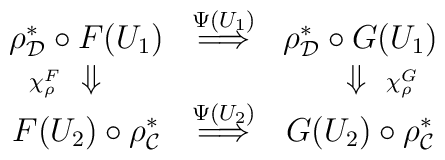
\begin{array}{ccc}\rho_{{\cal D}}^* \circ F(U_1) & \stackrel{ \Psi(U_1) }{ \Longrightarrow }& \rho_{{\cal D}}^* \circ G(U_1) \\\makebox[0pt][r]{ $\scriptstyle{ \chi_{\rho}^F }$ } \Downarrow & & \Downarrow \makebox[0pt][l]{ $\scriptstyle{ \chi_{\rho}^G }$ } \\F(U_2) \circ \rho_{{\cal C}}^* & \stackrel{ \Psi(U_2) }{ \Longrightarrow }& G(U_2) \circ \rho_{{\cal C}}^*\end{array}